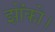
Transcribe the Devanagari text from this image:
झोंको।